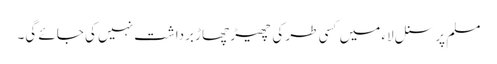
مسلم پرسنل لاء میں کسی طر کی چھیڑ چھاڑ برداشت نہیں کی جائے گی۔